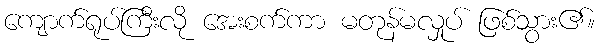
ကျောက်ရုပ်ကြီးလို အေးစက်ကာ မတုန်မလှုပ် ဖြစ်သွား၏။